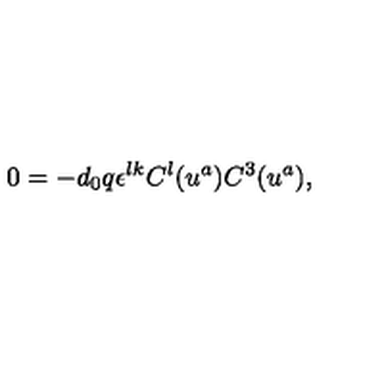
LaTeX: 0 = - d _ { 0 } q \epsilon ^ { l k } C ^ { l } ( u ^ { a } ) C ^ { 3 } ( u ^ { a } ) ,